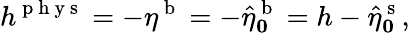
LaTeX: h^{\mathrm{~p~h~y~s~}}=-\eta^{\mathrm{~b~}}=-\hat{\eta}_{\boldsymbol 0}^{\mathrm{~b~}}=h-\hat{\eta}_{\boldsymbol 0}^{\mathrm{~s~}},